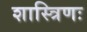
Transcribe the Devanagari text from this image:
शास्त्रिणः